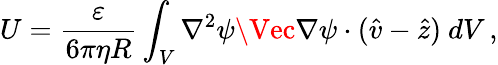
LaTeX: U=\frac{\varepsilon}{6\pi\eta R}\int_{V}\nabla^{2}\psi\Vec{\nabla}\psi\cdot(\hat{v}-\hat{z})\ dV\, ,